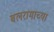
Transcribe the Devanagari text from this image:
बलरामाच्या